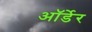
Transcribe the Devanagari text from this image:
ऑर्डेर